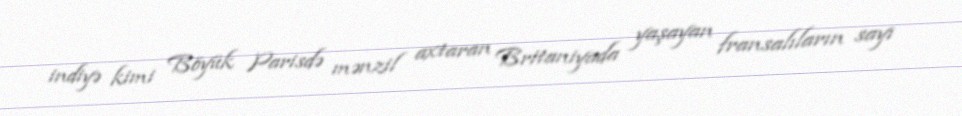
indiyə kimi Böyük Parisdə mənzil axtaran Britaniyada yaşayan fransalıların sayı